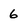
Character: 6